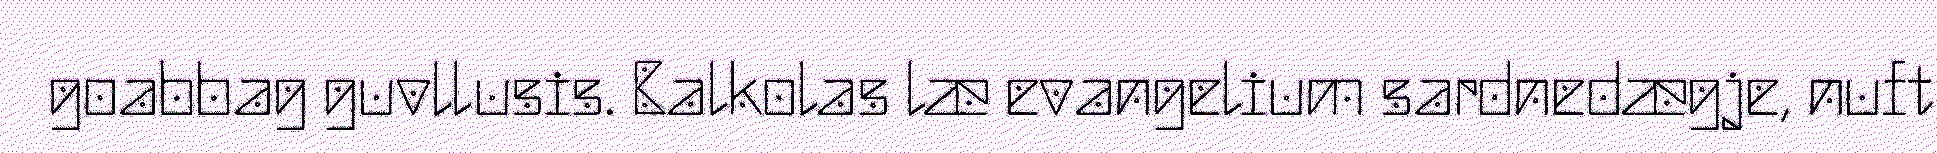
goabbag guvllusis. Balkolas læ evangelium sardnedægje, nuft